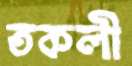
তকলী